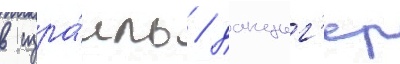
в изра́иль / данциг'ер